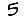
Digit: 5